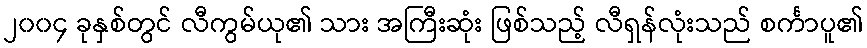
၂၀၀၄ ခုနှစ်တွင် လီကွမ်ယု၏ သား အကြီးဆုံး ဖြစ်သည့် လီရှန်လုံးသည် စင်္ကာပူ၏